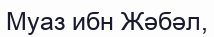
Муаз ибн Жәбәл,